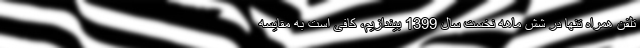
تلفن همراه تنها در شش ماهه نخست سال 1399 بیندازیم، کافی است به مقایسه